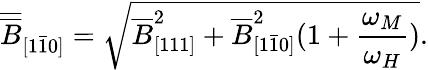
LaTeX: \overline{{\overline{{B}}}}_{[1\bar{1}0]}=\sqrt{\overline{{B}}_{[111]}^{2}+\overline{{B}}_{[1\bar{1}0]}^{2}(1+\frac{\omega_{M}}{\omega_{H}})}.